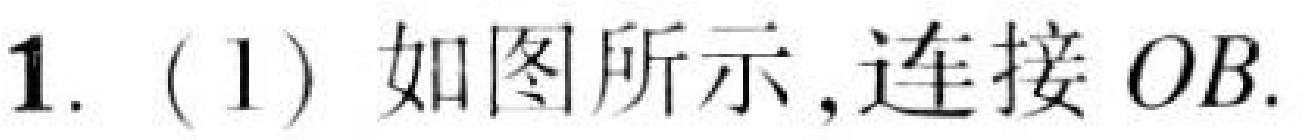
1. (1) 如图所示,连接 \(OB\).